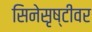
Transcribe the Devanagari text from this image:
सिनेसृष्टीवर